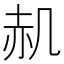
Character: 𮰊